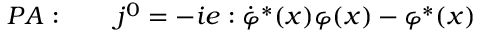
P A : \qquad j ^ { 0 } = - i e : \dot { \varphi } ^ { \ast } ( x ) \varphi ( x ) - \varphi ^ { \ast } ( x )